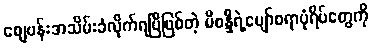
စျေဗန်းအသိမ်းခံလိုက်ရပြီဖြစ်တဲ့ မိစန္ဒီရဲ့ပျော်စရာပုံရိပ်တွေကို